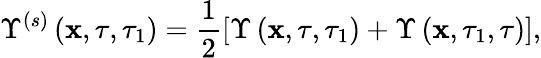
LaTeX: \Upsilon^{(s)}\left(\mathbf{x},\tau,\tau_{1}\right)=\frac{1}{2}\left[\Upsilon\left(\mathbf{x},\tau,\tau_{1}\right)+\Upsilon\left(\mathbf{x},\tau_{1},\tau\right)\right],